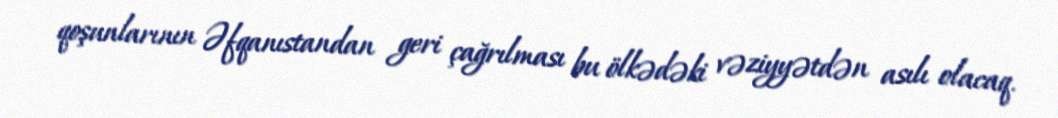
qoşunlarının Əfqanıstandan geri çağrılması bu ölkədəki vəziyyətdən asılı olacaq.